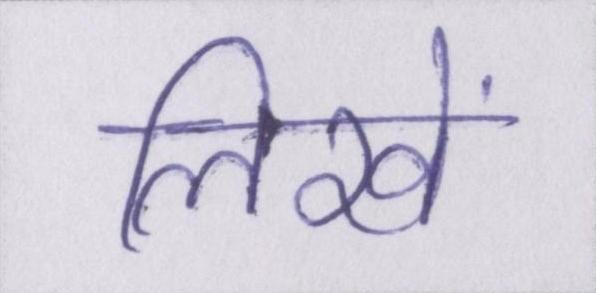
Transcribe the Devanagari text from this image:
लिखें